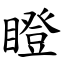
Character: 瞪